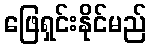
ဖြေရှင်းနိုင်မည်